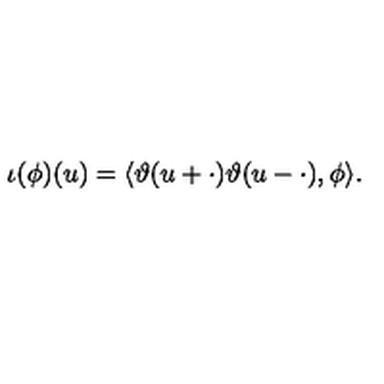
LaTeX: \iota ( \phi ) ( u ) = \langle \vartheta ( u + \cdot ) \vartheta ( u - \cdot ) , \phi \rangle .